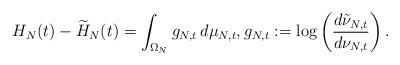
LaTeX: \begin{align*} H_N(t) - \widetilde H_N(t) = \int_{\Omega_N} g_{N,t}\,d\mu_{N,t}, g_{N,t}:=\log \left( \frac{d\tilde\nu_{N,t}}{d\nu_{N,t}} \right).\end{align*}